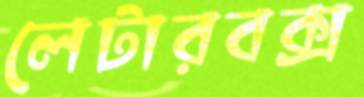
লেটারবক্স